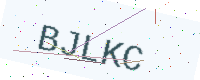
Text: BJLKC